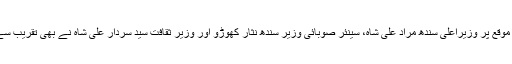
قبل ازیں اس موقع پر وزیراعلیٰ سندھ مراد علی شاہ، سینئر صوبائی وزیر سندھ نثار کھوڑو اور وزیر ثقافت سید سردار علی شاہ نے بھی تقریب سے خطاب کیا۔